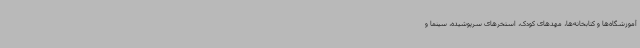
آموزشگاه‌ها و کتابخانه‌ها، مهدهای کودک، استخرهای سرپوشیده، سینما و